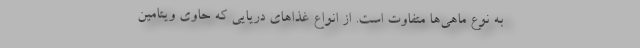
به نوع ماهی‌ها متفاوت است. از انواع غذاهای دریایی که حاوی ویتامین